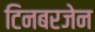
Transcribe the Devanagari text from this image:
टिनबरजेन